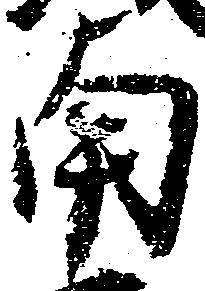
南